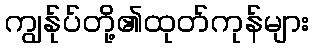
ကျွန်ုပ်တို့၏ထုတ်ကုန်များ